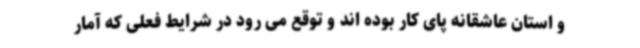
و استان عاشقانه پای کار بوده اند و توقع می رود در شرایط فعلی که آمار